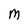
Character: M